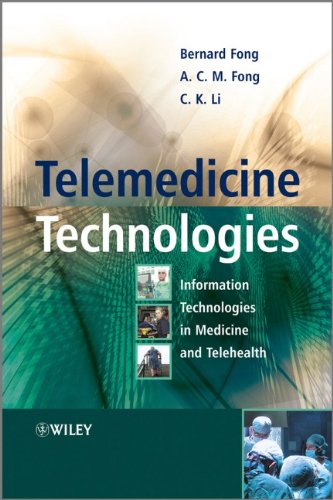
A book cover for Telemedicine Technologies: Information Technologies in Medicine and Telehealth; Bernard Fong; Medical Books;